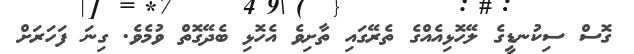
ގޮސް ސިކުނޑީގެ ލޭހޮޅިއެއްގެ ތެރޭގައި ތާށިވެ އެހޮޅި ބެދޭގޮތް ވުމެވެ. ގިނަ ފަހަރަށް